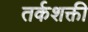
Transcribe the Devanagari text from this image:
तर्कशक्ती